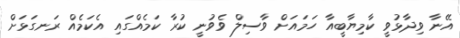
އޭނާ ވިދާޅުވީ ކާމިޔާބީއާ ހަމައަށް ވާސިލް ވެވުނީ ކުރާ ކަމެއްގައި އެކަމެއް ރަނގަޅަށް